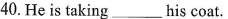
40.He is taking ___ his coat.